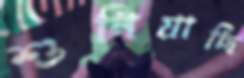
শুনিয়াছি